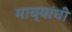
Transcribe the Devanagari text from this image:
माच्यांची